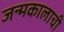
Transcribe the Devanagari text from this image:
जन्मकालाची